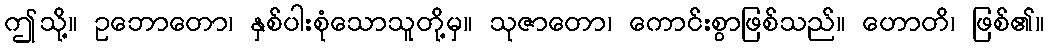
ဤသို့။ ဥဘောတော၊ နှစ်ပါးစုံသောသူတို့မှ။ သုဇာတော၊ ကောင်းစွာဖြစ်သည်။ ဟောတိ၊ ဖြစ်၏။